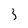
Character: 3